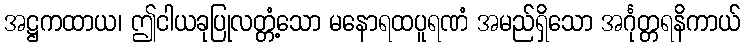
အဋ္ဌကထာယ၊ ဤငါယခုပြုလတ္တံ့သော မနောရထပူရဏံ အမည်ရှိသော အင်္ဂုတ္တရနိကာယ်